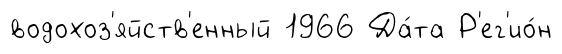
водохоз'яйств'енный 1966 Да́та Р'ег'ио́н